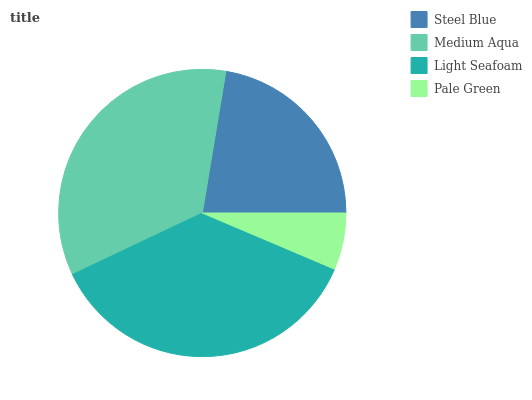
| Steel Blue | Medium Aqua | Light Seafoam | Pale Green |
 | --- | --- | --- | --- |
 | 22.4% | 34.7% | 36.6% | 6.37% |